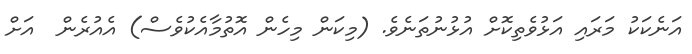
އަނެކަކު މަރައި އަޅުވެތިކޮށް އުޅުނުތަނެވެ. (މިކަން މިހެން އޮތުމާއެކުވެސް) އެއުރެން  އަށް